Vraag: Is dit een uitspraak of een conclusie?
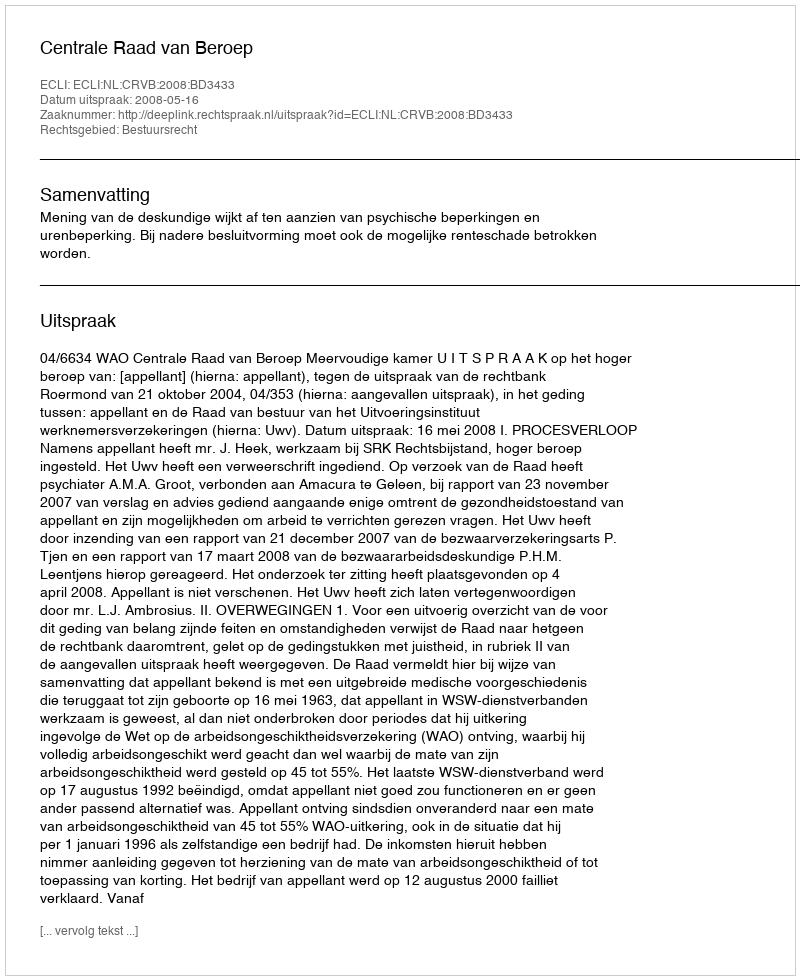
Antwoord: Uitspraak